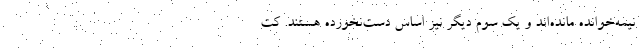
نیمه‌خوانده مانده‌اند و یک سوم دیگر نیز اساس دست‌نخورده هستند. کت